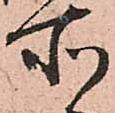
所